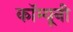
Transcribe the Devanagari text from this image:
कॉम्यूनी